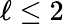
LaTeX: \ell\leq 2